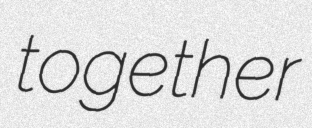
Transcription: together